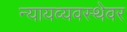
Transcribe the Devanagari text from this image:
न्यायव्यवस्थेवर